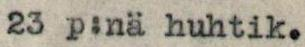
23 p:nä huhtik.